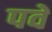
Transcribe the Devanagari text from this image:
पवे